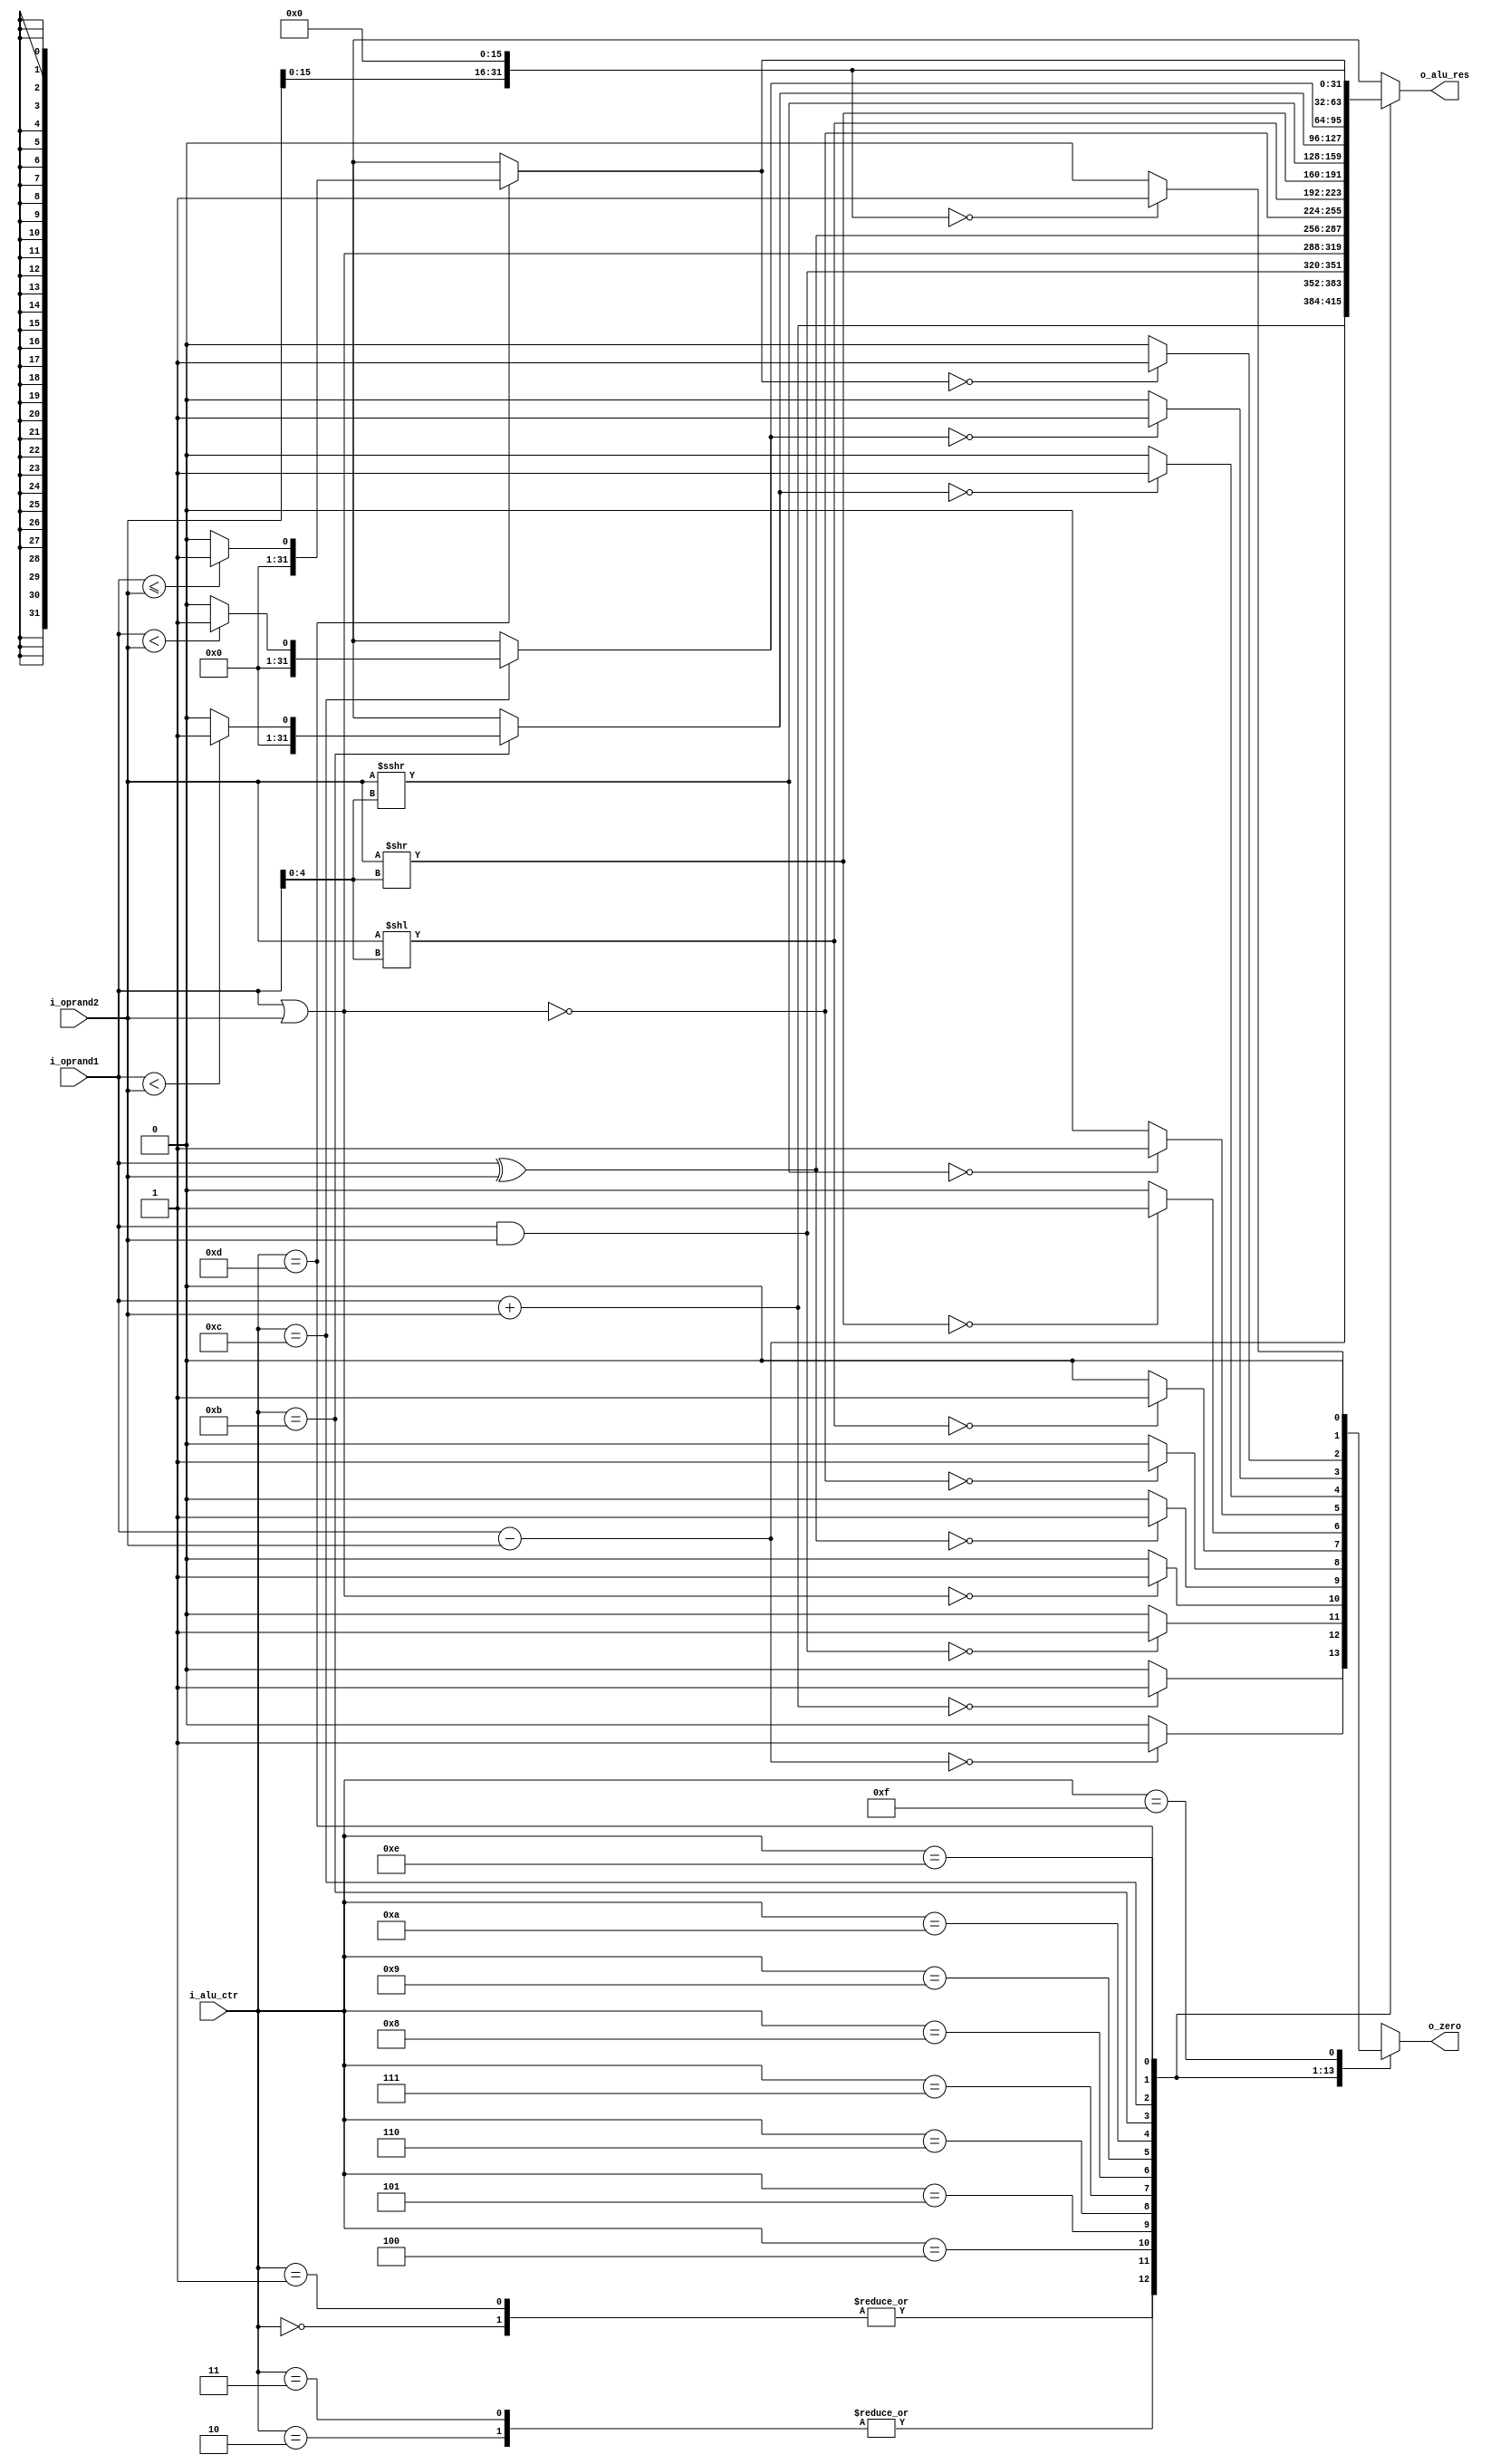
`timescale 1ns / 1ps
//////////////////////////////////////////////////////////////////////////////////
// Company: 
// Engineer: 
// 
// Design Name: 
// Module Name: ALU
// Project Name: 
// Target Devices: 
// Tool Versions: 
// Description: 
// 
// Dependencies: 
// 
// Revision:
// Revision 0.01 - File Created
// Additional Comments:
// 
//////////////////////////////////////////////////////////////////////////////////


module ALU #(
                parameter DATA_WIDTH    = 32
            )
            (
                //input
                input  signed [DATA_WIDTH-1:0] i_oprand1,
                input  signed [DATA_WIDTH-1:0] i_oprand2,
                input  [3:0] i_alu_ctr,
                //output
                output reg o_zero,
                output reg [DATA_WIDTH-1:0] o_alu_res
            );

    localparam ALU_ADD   = 0,
               ALU_ADDU  = 1,
               ALU_SUB   = 2,
               ALU_SUBU  = 3,
               ALU_AND   = 4,
               ALU_OR    = 5,
               ALU_XOR   = 6,
               ALU_NOR   = 7,
               ALU_SLL   = 8,
               ALU_SRL   = 9,
               ALU_SRA   = 10,
               ALU_SLT   = 11,
               ALU_SLTU  = 12,
               ALU_SLE   = 13,
               ALU_LUI   = 14,
               ALU_NO    = 15;

always @(*) begin
    o_alu_res = {DATA_WIDTH{1'b0}};
    o_zero = 1'bx;
    case(i_alu_ctr)
        /*
           ADD  : rd = rs + rt  (with overflow exception)
           ADDI : rt = rs + imm (with overflow exception)
           SB   : MEM[rs + imm] <- rt[7 :0]
           SH   : MEM[rs + imm] <- rt[15:0]
           SW   : MEM[rs + imm] <- rt[31:0]
           LB   : rt            <- sign_extend(MEM[rs + imm])
           LBU  : rt            <- zero_extend(MEM[rs + imm])
           LH   : rt            <- sign_extend(MEM[rs + imm])
           LHU  : rt            <- zero_extend(MEM[rs + imm])
           LW   : rt            <- MEM[rs + imm]
        */
        ALU_ADD:  begin
            o_alu_res = i_oprand1 + i_oprand2;
            if(o_alu_res == {DATA_WIDTH{1'b0}})
                o_zero = 1'b1;
            else
                o_zero = 1'b0;
        end
        
        /* 
           ADDU :  rd = rs + rt  (without overflow exception)
           ADDIU:  rt = rs + imm (without overflow exception)
        */
        ALU_ADDU: begin
            o_alu_res = i_oprand1 + i_oprand2;
            if(o_alu_res == {DATA_WIDTH{1'b0}})
                o_zero = 1'b1;
            else
                o_zero = 1'b0;
        end

        /*
           SUB  : rd = rs - rt (with overflow exception)
        */
        ALU_SUB:  begin
            o_alu_res = i_oprand1 - i_oprand2;
            if(o_alu_res == {DATA_WIDTH{1'b0}})
                o_zero = 1'b1;
            else
                o_zero = 1'b0;
        end

        /*
           SUBU  : rd = rs - rt (without overflow exception)
           BEQ / BNE  : ?  = rs - rt (without overflow exception)
        */
        ALU_SUBU: begin
            o_alu_res = i_oprand1 - i_oprand2;
            if(o_alu_res == {DATA_WIDTH{1'b0}})
                o_zero = 1'b1;
            else
                o_zero = 1'b0;
        end

        /*
           AND  : rd = rs & rt
           ANDI : rt = rs & (zero_extend)imm
        */
        ALU_AND:  begin
            o_alu_res = i_oprand1 & i_oprand2;
            if(o_alu_res == {DATA_WIDTH{1'b0}})
                o_zero = 1'b1;
            else
                o_zero = 1'b0;
        end

        /*
           OR   : rd = rs | rt
           ORI  : rt = rs | (zero_extend)imm
        */
        ALU_OR:   begin
            o_alu_res = i_oprand1 | i_oprand2;
            if(o_alu_res == {DATA_WIDTH{1'b0}})
                o_zero = 1'b1;
            else
                o_zero = 1'b0;
        end

        /*
           XOR  : rd = rs ^ rt
           XORI : rt = rs ^ (zero_extend)imm
        */
        ALU_XOR:  begin
            o_alu_res = i_oprand1 ^ i_oprand2;
            if(o_alu_res == {DATA_WIDTH{1'b0}})
                o_zero = 1'b1;
            else
                o_zero = 1'b0;
        end

        // NOR  : rd = ~(rs | rt)
        ALU_NOR:  begin
            o_alu_res = ~(i_oprand1 | i_oprand2);
            if(o_alu_res == {DATA_WIDTH{1'b0}})
                o_zero = 1'b1;
            else
                o_zero = 1'b0;
        end

        // rd = rt << rs || rd = rt << sa
        ALU_SLL:  begin 
            o_alu_res = i_oprand2 << $unsigned(i_oprand1[4:0]);
            if(o_alu_res == {DATA_WIDTH{1'b0}})
                o_zero = 1'b1;
            else
                o_zero = 1'b0;
        end

        // rd = rt >> rs || rd = rt >> sa
        ALU_SRL:  begin 
            o_alu_res = i_oprand2 >> $unsigned(i_oprand1[4:0]);
            if(o_alu_res == {DATA_WIDTH{1'b0}})
                o_zero = 1'b1;
            else
                o_zero = 1'b0;
        end

        //  rd = rt >>> rs || rd = rt >>> sa
        ALU_SRA:  begin 
            o_alu_res = i_oprand2 >>> $unsigned(i_oprand1[4:0]);
            if(o_alu_res == {DATA_WIDTH{1'b0}})
                o_zero = 1'b1;
            else
                o_zero = 1'b0;
        end

        /*
           SLT  : rd = (rs < rt)
           SLTI : rt = (rs < imm)
           BGEZ / BGEZAL / BLTZ / BLTZAL : i_oprand2 = 0
        */
        ALU_SLT:  begin
            if($signed(i_oprand1) < $signed(i_oprand2))
                o_alu_res = 1;
            else
                o_alu_res = 0;
            if(o_alu_res == {DATA_WIDTH{1'b0}})
                o_zero = 1'b1;
            else
                o_zero = 1'b0;
        end

        /*
           SLTU : rd = ($unsigned(rs) < $unsigned(rt))
           SLTIU: rt = ($unsigned(rs) < $unsigned(imm))
        */
        ALU_SLTU: begin
            if($unsigned(i_oprand1) < $unsigned(i_oprand2))
                o_alu_res = 1;
            else
                o_alu_res = 0;
            if(o_alu_res == {DATA_WIDTH{1'b0}})
                o_zero = 1'b1;
            else
                o_zero = 1'b0;
        end

        /* 
            i_oprand2 = 0
           BGTZ
           BLEZ
        */
        ALU_SLE: begin
            if($signed(i_oprand1) <= $signed(i_oprand2))
                o_alu_res = 1;
            else
                o_alu_res = 0;
            if(o_alu_res == {DATA_WIDTH{1'b0}})
                o_zero = 1'b1;
            else
                o_zero = 1'b0;
        end


        // LUI  : rt = imm << 16
        ALU_LUI:  begin
            o_alu_res = (i_oprand2 << 16);
            if(o_alu_res == {DATA_WIDTH{1'b0}})
                o_zero = 1'b1;
            else
                o_zero = 1'b0;
        end

        /*
           JR
         */
        ALU_NO:  begin
            o_alu_res = 32'bx;
            if(o_alu_res == {DATA_WIDTH{1'b0}})
                o_zero = 1'b1;
            else
                o_zero = 1'b0;
        end
        default: begin
			$display("%x:illegal ALU ctl code %b\n", 0, i_alu_ctr);
		end
    endcase
end

endmodule